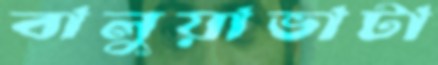
বালুয়াভাটা